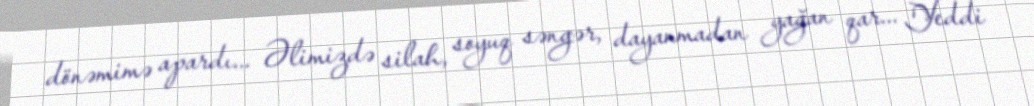
dönəmimə apardı... Əlimizdə silah, soyuq səngər, dayanmadan yağan qar... Yeddi